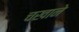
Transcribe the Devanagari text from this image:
चखाने